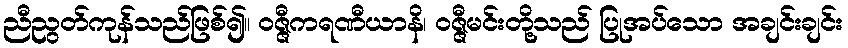
ညီညွတ်ကုန်သည်ဖြစ်၍။ ဝဇ္ဇီကရဏီယာနိ၊ ဝဇ္ဇီမင်းတို့သည် ပြုအပ်သော အချင်းချင်း